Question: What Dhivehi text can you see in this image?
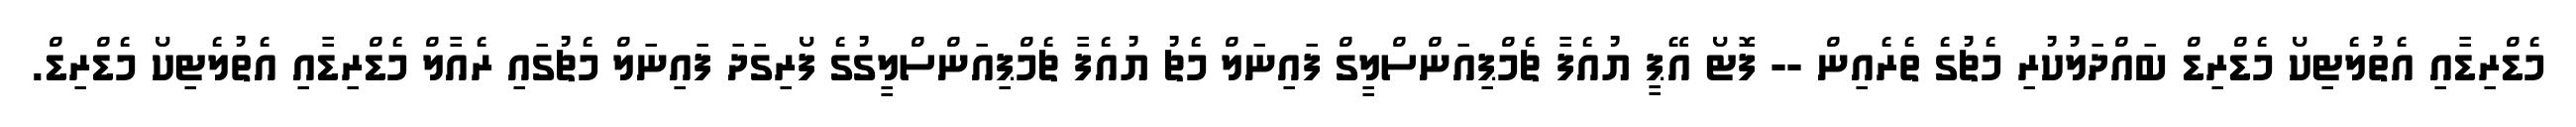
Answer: މެޑްރިޑާއި އެތުލެޓިކޯ މެޑްރިޑް ބައްދަލުކުރި މެޗުގެ ތެރެއިން -- ފޮޓޯ އޭޕީ ޔުއެފާ ޗެމްޕިއަންސްލީގް ފައިނަލް މެޗު ޔުއެފާ ޗެމްޕިއަންސްލީގުގެ ފޯރިގަދަ ފައިނަލް މެޗުގައި ރެއާލް މެޑްރިޑާއި އެތުލެޓިކޯ މެޑްރިޑް.